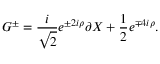
G ^ { \pm } = { \frac { i } { \sqrt 2 } } e ^ { \pm 2 i \rho } \partial X + { \frac { 1 } { 2 } } e ^ { \mp 4 i \rho } .